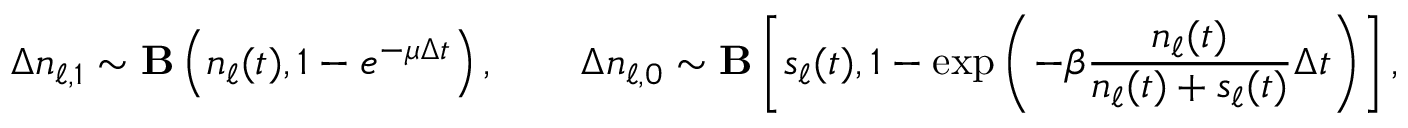
\Delta n _ { \ell , 1 } \sim { \bf B } \left( n _ { \ell } ( t ) , 1 - e ^ { - \mu \Delta t } \right) , \quad \quad \Delta { n } _ { \ell , 0 } \sim { \bf B } \left[ s _ { \ell } ( t ) , 1 - \exp \left( { - \beta \frac { n _ { \ell } ( t ) } { n _ { \ell } ( t ) + s _ { \ell } ( t ) } \Delta t } \right) \right] ,